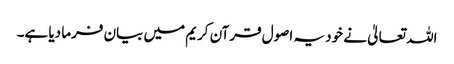
اللہ تعالیٰ نے خود یہ اصول قرآن کریم میں بیان فرما دیا ہے۔